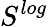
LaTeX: S^{log}